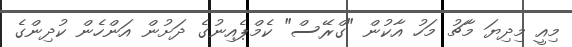
މިއީ މިދިޔަ މާޗު މަހު އާކުން "ގްރޭސް" ކެމްޕެއިނުގެ ދަށުން އަންހެން ކުދިންގެ